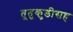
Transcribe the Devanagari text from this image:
तूतुकुडीसह